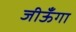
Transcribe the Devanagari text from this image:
जीऊँगा